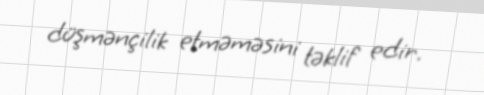
düşmənçilik etməməsini təklif edir.